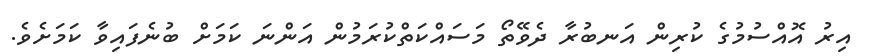
އިރު އޮއްސުމުގެ ކުރިން އަނބުރާ ދެވޭތޯ މަސައްކަތްކުރަމުން އަންނަ ކަމަށް ބުނެފައިވާ ކަމަށެވެ.